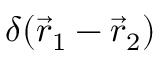
\delta ( \vec { r } _ { 1 } - \vec { r } _ { 2 } )